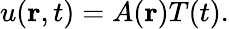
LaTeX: u(\mathbf{r},t)=A(\mathbf{r})T(t).